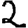
Digit: 2